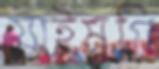
যাইমুগি